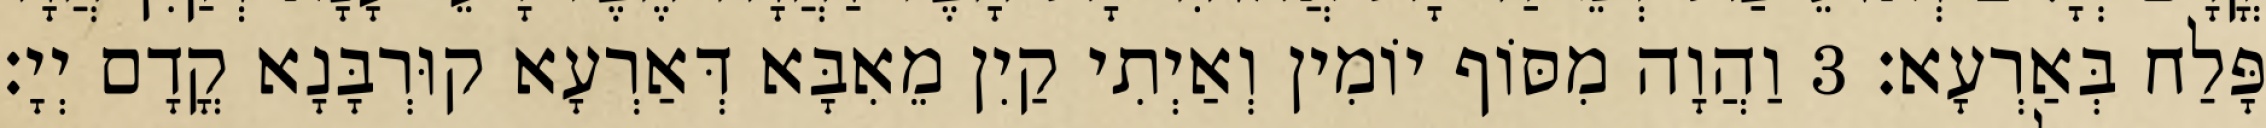
פָּלַח בְּאַרְעָא׃ 3 וַהֲוָה מִסּוֹף יוֹמִין וְאַיְתִי קַיִן מֵאִבָּא דְּאַרְעָא קוּרְבָּנָא קֳדָם יְיָ׃